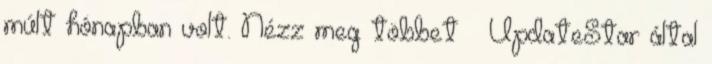
múlt hónapban volt. Nézz meg többet » UpdateStar által